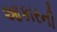
આકારની